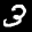
Label: 3